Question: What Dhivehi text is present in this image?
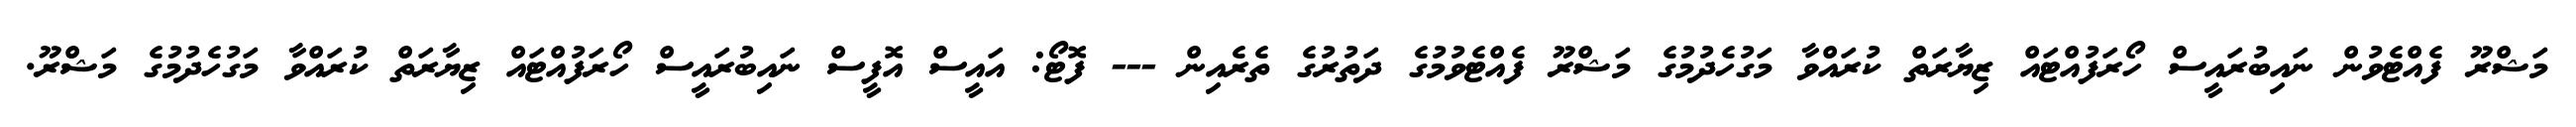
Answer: މަޝްރޫ ފެއްޓެވުން ނައިބުރައީސް ހޯރަފުއްޓައް ޒިޔާރަތް ކުރައްވާ މަގުހެދުމުގެ މަޝްރޫ ފެއްޓެވުމުގެ ދަތުރުގެ ތެރެއިން --- ފޮޓޯ: އައީސް އޮފީސް ނައިބުރައީސް ހޯރަފުއްޓައް ޒިޔާރަތް ކުރައްވާ މަގުހެދުމުގެ މަޝްރޫ.